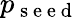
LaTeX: p_{\mathrm{~s~e~e~d~}}